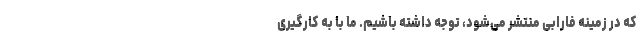
که در زمینه فارابی منتشر می‌شود، توجه داشته باشیم. ما با به کارگیری